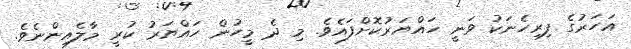
އަހަރުގެ ފިރިހެނަކު ވަނީ ހައްޔަރުކޮށްފައެވެ. މި ދެ މީހުން ހައްޔަރު ކުރީ މާލެއިންނެވެ.